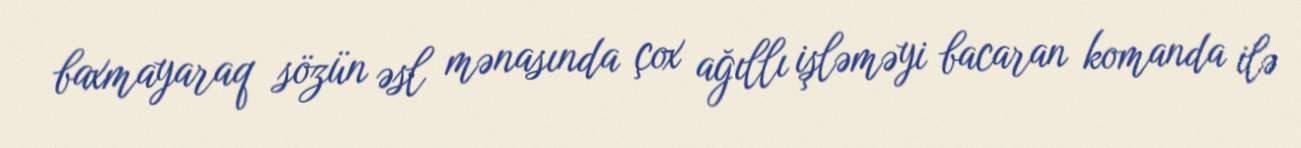
baxmayaraq sözün əsl mənasında çox ağıllı işləməyi bacaran komanda ilə